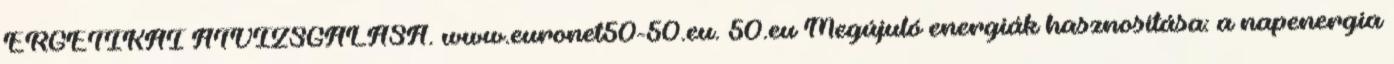
ERGETIKAI ÁTVIZSGÁLÁSA. www.euronet50-50.eu. 50.eu Megújuló energiák hasznosítása: a napenergia